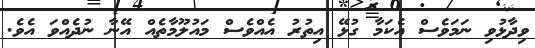
ވިދާޅުވި ނަމަވެސް އެކަމާ ގުޅޭ އިތުރު އެއްވެސް މައުލޫމާތެއް އޭނާ ނުދެއްވަ އެވެ.